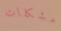
مشكلات